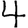
Digit: 4